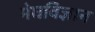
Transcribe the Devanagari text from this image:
मेघविज्ञान